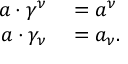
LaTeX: \begin{array} { r l } { a \cdot \gamma ^ { \nu } } & { { } = a ^ { \nu } } \\ { a \cdot \gamma _ { \nu } } & { { } = a _ { \nu } . } \end{array}